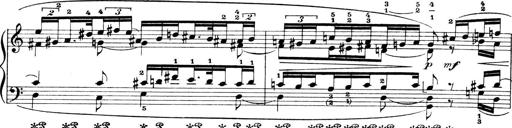
Title: 4 Sonatines
Composer: Max Reger